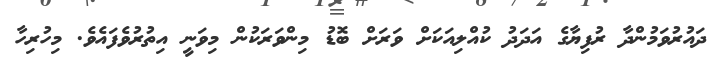
ދައުރުވަމުންދާ ރުފިޔާގެ އަދަދު ކުއްލިއަކަށް ވަރަށް ބޮޑު މިންވަރަކުން މިވަނީ އިތުރުވެފައެވެ. މިހުރިހާ